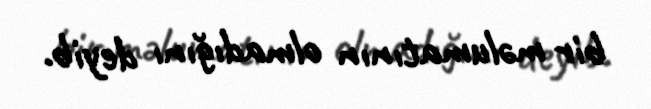
bir məlumatının olmadığını deyib.